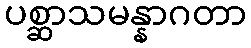
ပစ္ဆာသမန္နာဂတာ